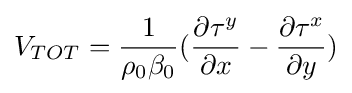
V_{TOT}={\frac {1}{\rho _{0}\beta _{0}}}({\frac {\partial \tau ^{y}}{\partial x}}-{\frac {\partial \tau ^{x}}{\partial y}})